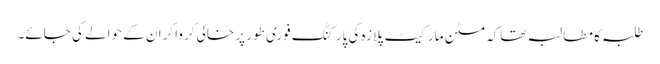
طلبہ کا مطالبہ تھاکہ مٹن مارکیٹ پلازہ کی پارکنگ فوری طور پر خالی کرواکر ان کے حوالے کی جائے۔